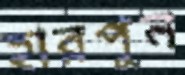
হারপুন